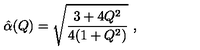
\hat { \alpha } ( Q ) = \sqrt { { \frac { 3 + 4 Q ^ { 2 } } { 4 ( 1 + Q ^ { 2 } ) } } } \ ,